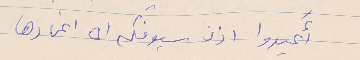
أَعيدوا اذن سيوفكم الى اغمادها